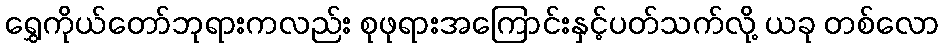
ရွှေကိုယ်တော်ဘုရားကလည်း စုဖုရားအကြောင်းနှင့်ပတ်သက်လို့ ယခု တစ်လော